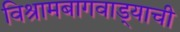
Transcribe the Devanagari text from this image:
विश्रामबागवाड्याची